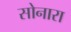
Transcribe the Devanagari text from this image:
सोनारा